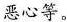
恶心等。